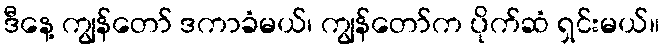
ဒီနေ့ ကျွန်တော် ဒကာခံမယ်၊ ကျွန်တော်က ပိုက်ဆံ ရှင်းမယ်။